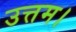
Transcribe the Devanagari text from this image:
उत्तम।